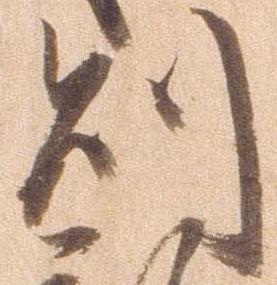
則